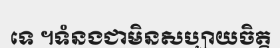
ទេ ។ទំនងជាមិនសប្បាយចិត្ត